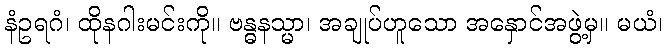
နံဥရဂံ၊ ထိုနဂါးမင်းကို။ ဗန္ဓနသ္မာ၊ အချုပ်ဟူသော အနှောင်အဖွဲ့မှ။ မယံ၊